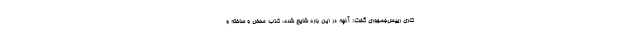
کاری رییس‌جمهوری گفت: آنچه در این باره شایع شده، کذب محض و ساخته و